Document type: Sale
Year: 1461
Scribe: [Unknown]
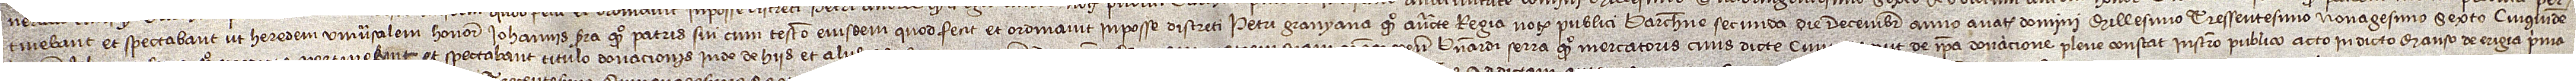
tinebant et spectabant ut heredem universalem honorabilis Iohannis Serra, quondam, patris sui, cum testamento eiusdem, quod fecit et ordinavit in posse discreti Petri Granyana, quondam, auctoritate regia notarii publici Barchinone, secunda die decembris, anno a Nativitate Domini millesimo tressentesimo nonagesimo sexto. Cuiquidem